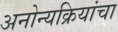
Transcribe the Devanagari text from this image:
अनोन्यक्रियांचा